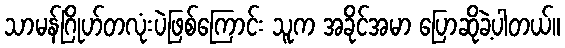
သာမန်ဂြိုဟ်တလုံးပဲဖြစ်ကြောင်း သူက အခိုင်အမာ ပြောဆိုခဲ့ပါတယ်။